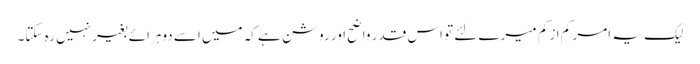
لیک یہ امر کم از کم میرے لئے تو اس قدر واضح اور روشن ہے کہ میں اسے دوہرائے بغیر نہیں رہ سکتا۔